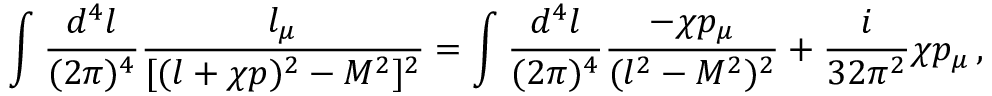
\int { \frac { d ^ { 4 } l } { ( 2 \pi ) ^ { 4 } } } { \frac { l _ { \mu } } { [ ( l + \chi p ) ^ { 2 } - M ^ { 2 } ] ^ { 2 } } } = \int { \frac { d ^ { 4 } l } { ( 2 \pi ) ^ { 4 } } } { \frac { - \chi p _ { \mu } } { ( l ^ { 2 } - M ^ { 2 } ) ^ { 2 } } } + { \frac { i } { 3 2 \pi ^ { 2 } } } \chi p _ { \mu } \, ,